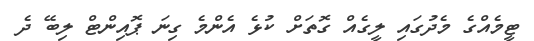
ޓީމެއްގެ މެދުގައި ލީގެއް ގޮތަށް ކުޅެ އެންމެ ގިނަ ޕޮއިންޓް ލިބޭ ދެ